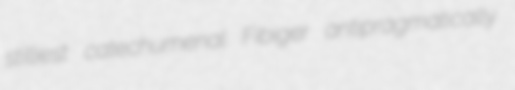
stilliest catechumenal Fibiger antipragmatically